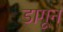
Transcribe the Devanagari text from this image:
डागून